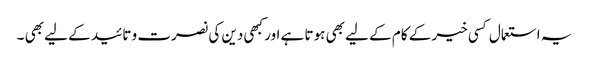
یہ استعمال کسی خیر کے کام کے لیے بھی ہوتا ہے اور کبھی دین کی نصرت و تائید کے لیے بھی ۔